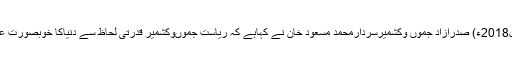
28 اپریل2018ء) صدرآزاد جموں وکشمیرسردارمحمد مسعود خان نے کہاہے کہ ریاست جموںوکشمیر قدرتی لحاظ سے دنیاکا خوبصورت علاقہ ہے۔